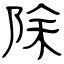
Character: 除